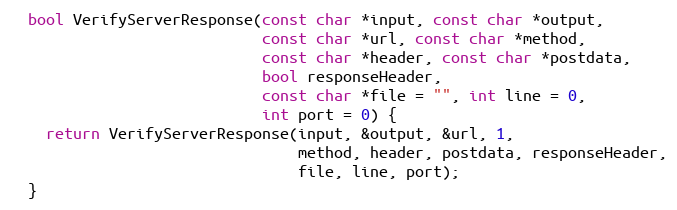
Language: C
  bool VerifyServerResponse(const char *input, const char *output,
                            const char *url, const char *method,
                            const char *header, const char *postdata,
                            bool responseHeader,
                            const char *file = "", int line = 0,
                            int port = 0) {
    return VerifyServerResponse(input, &output, &url, 1,
                                method, header, postdata, responseHeader,
                                file, line, port);
  }